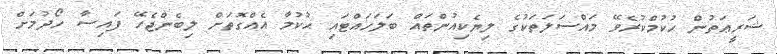
ޝަރީޢަތުން ޙުކުމްކުރެވޭ މައްސަލަތަކުގެ ލިޔެކިއުންތައް ބަލަހައްޓައި ޙުކުމާ އެއްގޮތަށް ލިބެންޖެހޭ ފައިސާ ހޯދުމަށް